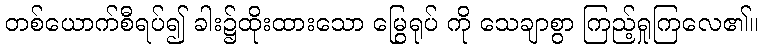
တစ်ယောက်စီရပ်၍ ခါး၌ထိုးထားသော မြွေရုပ် ကို သေချာစွာ ကြည့်ရှုကြလေ၏။